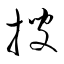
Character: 搜